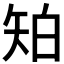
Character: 𥎷